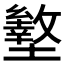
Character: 𰊿